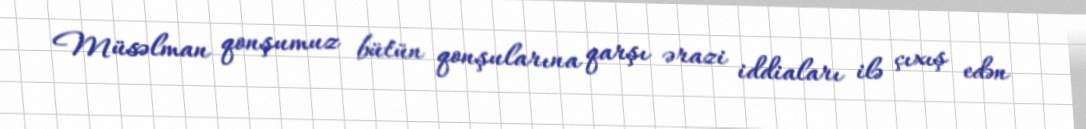
Müsəlman qonşumuz bütün qonşularına qarşı ərazi iddiaları ilə çıxış edən